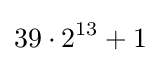
39\cdot 2^{13}+1